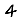
Digit: 4